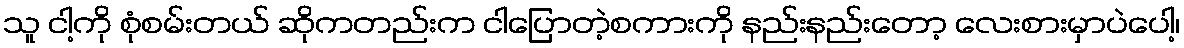
သူ ငါ့ကို စုံစမ်းတယ် ဆိုကတည်းက ငါပြောတဲ့စကားကို နည်းနည်းတော့ လေးစားမှာပဲပေါ့၊